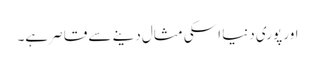
اور پوری دنیا اسکی مثال دینے سے قاصر ہے۔